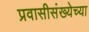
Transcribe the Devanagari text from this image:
प्रवासीसंख्येच्या